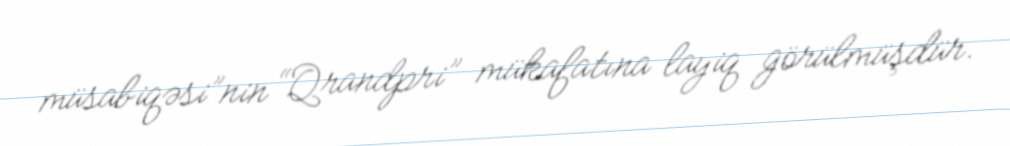
müsabiqəsi”nin “Qrandpri” mükafatına layiq görülmüşdür.